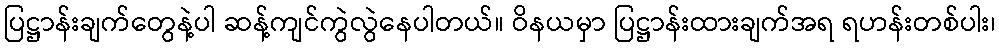
ပြဋ္ဌာန်းချက်တွေနဲ့ပါ ဆန့်ကျင်ကွဲလွဲနေပါတယ်။ ဝိနယမှာ ပြဋ္ဌာန်းထားချက်အရ ရဟန်းတစ်ပါး၊